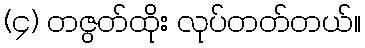
(၄) တဇွတ်ထိုး လုပ်တတ်တယ်။